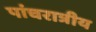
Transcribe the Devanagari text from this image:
पांचरात्रीय